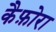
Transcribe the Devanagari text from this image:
कैफ़ोरा